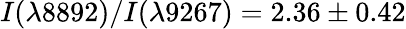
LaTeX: I(\lambda 8892)/I(\lambda 9267)=2.36\pm 0.42